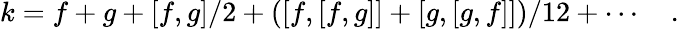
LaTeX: k=f+g+[f,g]/2+([f,[f,g]]+[g,[g,f]])/12+\cdots\quad.